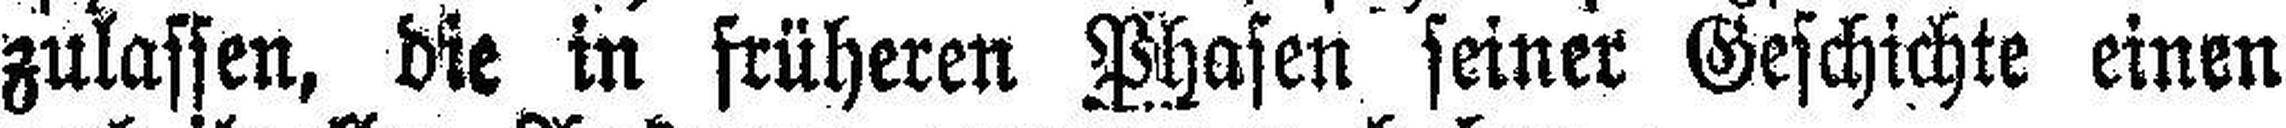
zulassen, die in früheren Phasen seiner Geschichte einen